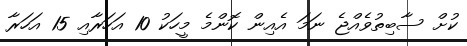
ކުށް ސާބިތުވެއްޖެ ނަމަ އެއިން ކޮންމެ މީހަކު 10 އަހަރާއި 15 އަހަރާ